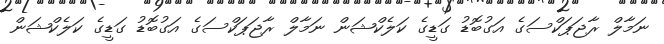
ނަމާލް ރާޖަޕަކްސަގެ އަގުބޮޑު ގަޑީގެ ކަލެކްޝަން ނަމާލް ރާޖަޕަކްސަގެ އަގުބޮޑު ގަޑީގެ ކަލެކްޝަން